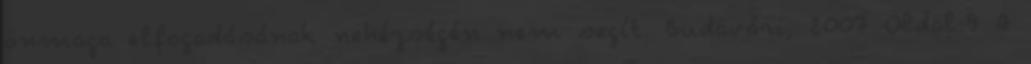
önmaga elfogadásának nehézségén nem segít. Budavári, 2007 Oldal:9 A